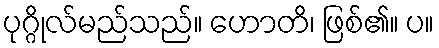
ပုဂ္ဂိုလ်မည်သည်။ ဟောတိ၊ ဖြစ်၏။ ပ။